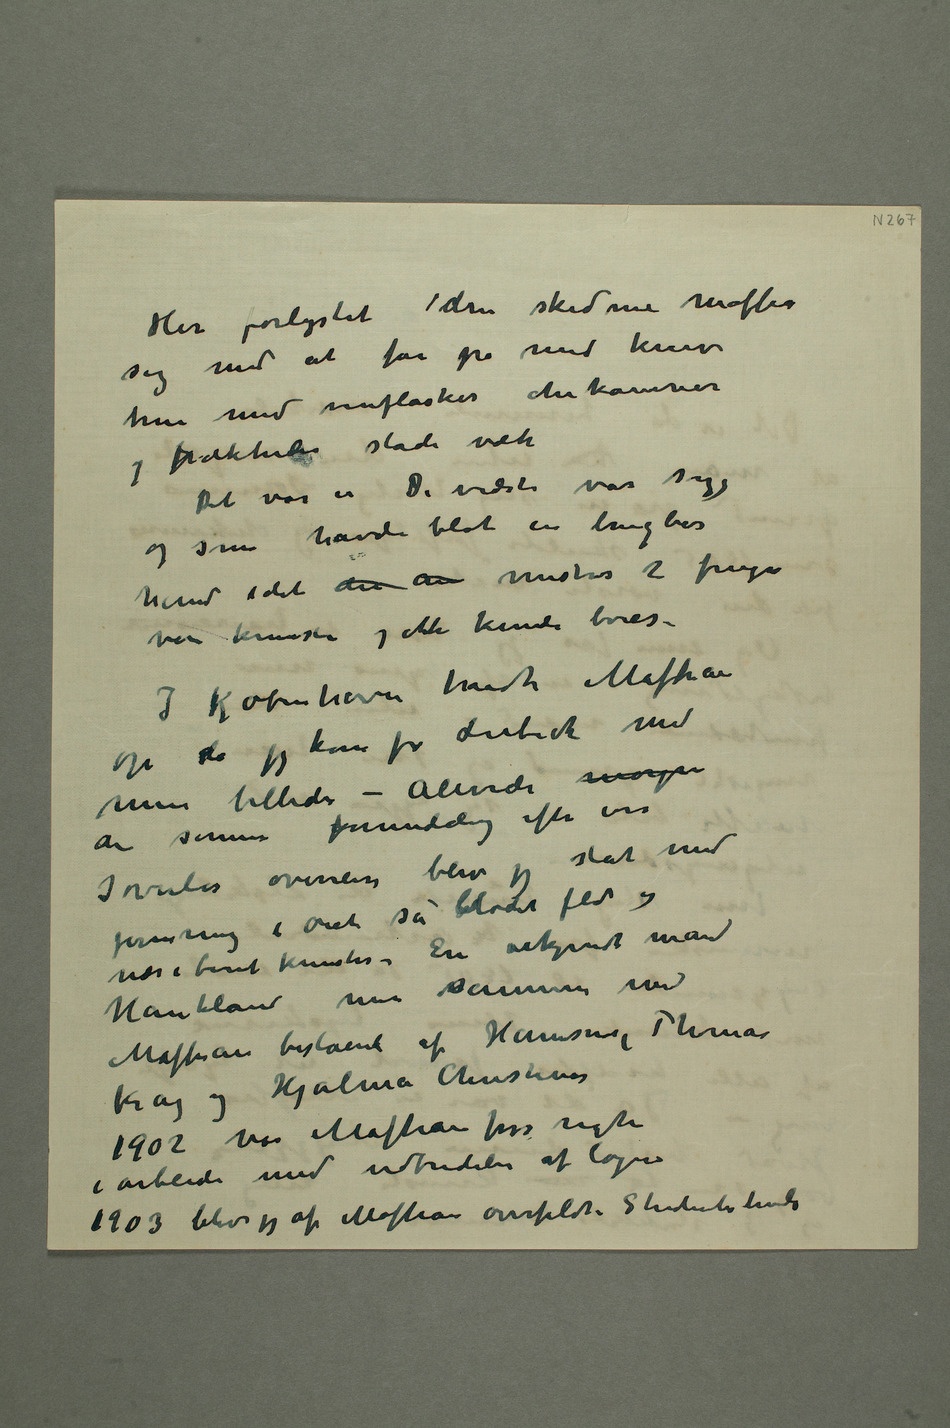
sig med at fare på med kniv
true med vinflaskerchikanere
og frækheder stadi væk
Det var en De vidste var syg og som
havde blot en brugbar
hånd idet den an venstres 2 fingre
var knuste og ikke kunde bøies.
I København mødte Maffian
op da jeg kom fra Lubeck med
mine billeder – Alerede morgen
den samme formiddag efter
jernring i øiet så blodet flød og
næsebenet knustes – En ukjendt mand
Haukland var sammen
Krag og Hjalmar Christensen
1902 var Maffian først rigti
i arbeide med udbredelse af løgne
1903 blev jeg af Maffian overfaldt i Studenterlunden